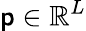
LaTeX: \mathsf{p}\in\mathbb{{R}}^{L}